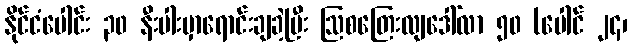
နိုင်ငံပေါင်း ၃၀ နီးပါးမှာရောင်းချခဲ့ပြီး ဩစတြေးလျဒေါ်လာ ၅၀ (ပေါင် ၂၄၊